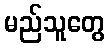
မည်သူတွေ